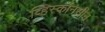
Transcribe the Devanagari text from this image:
व्हिस्कॉनसीन